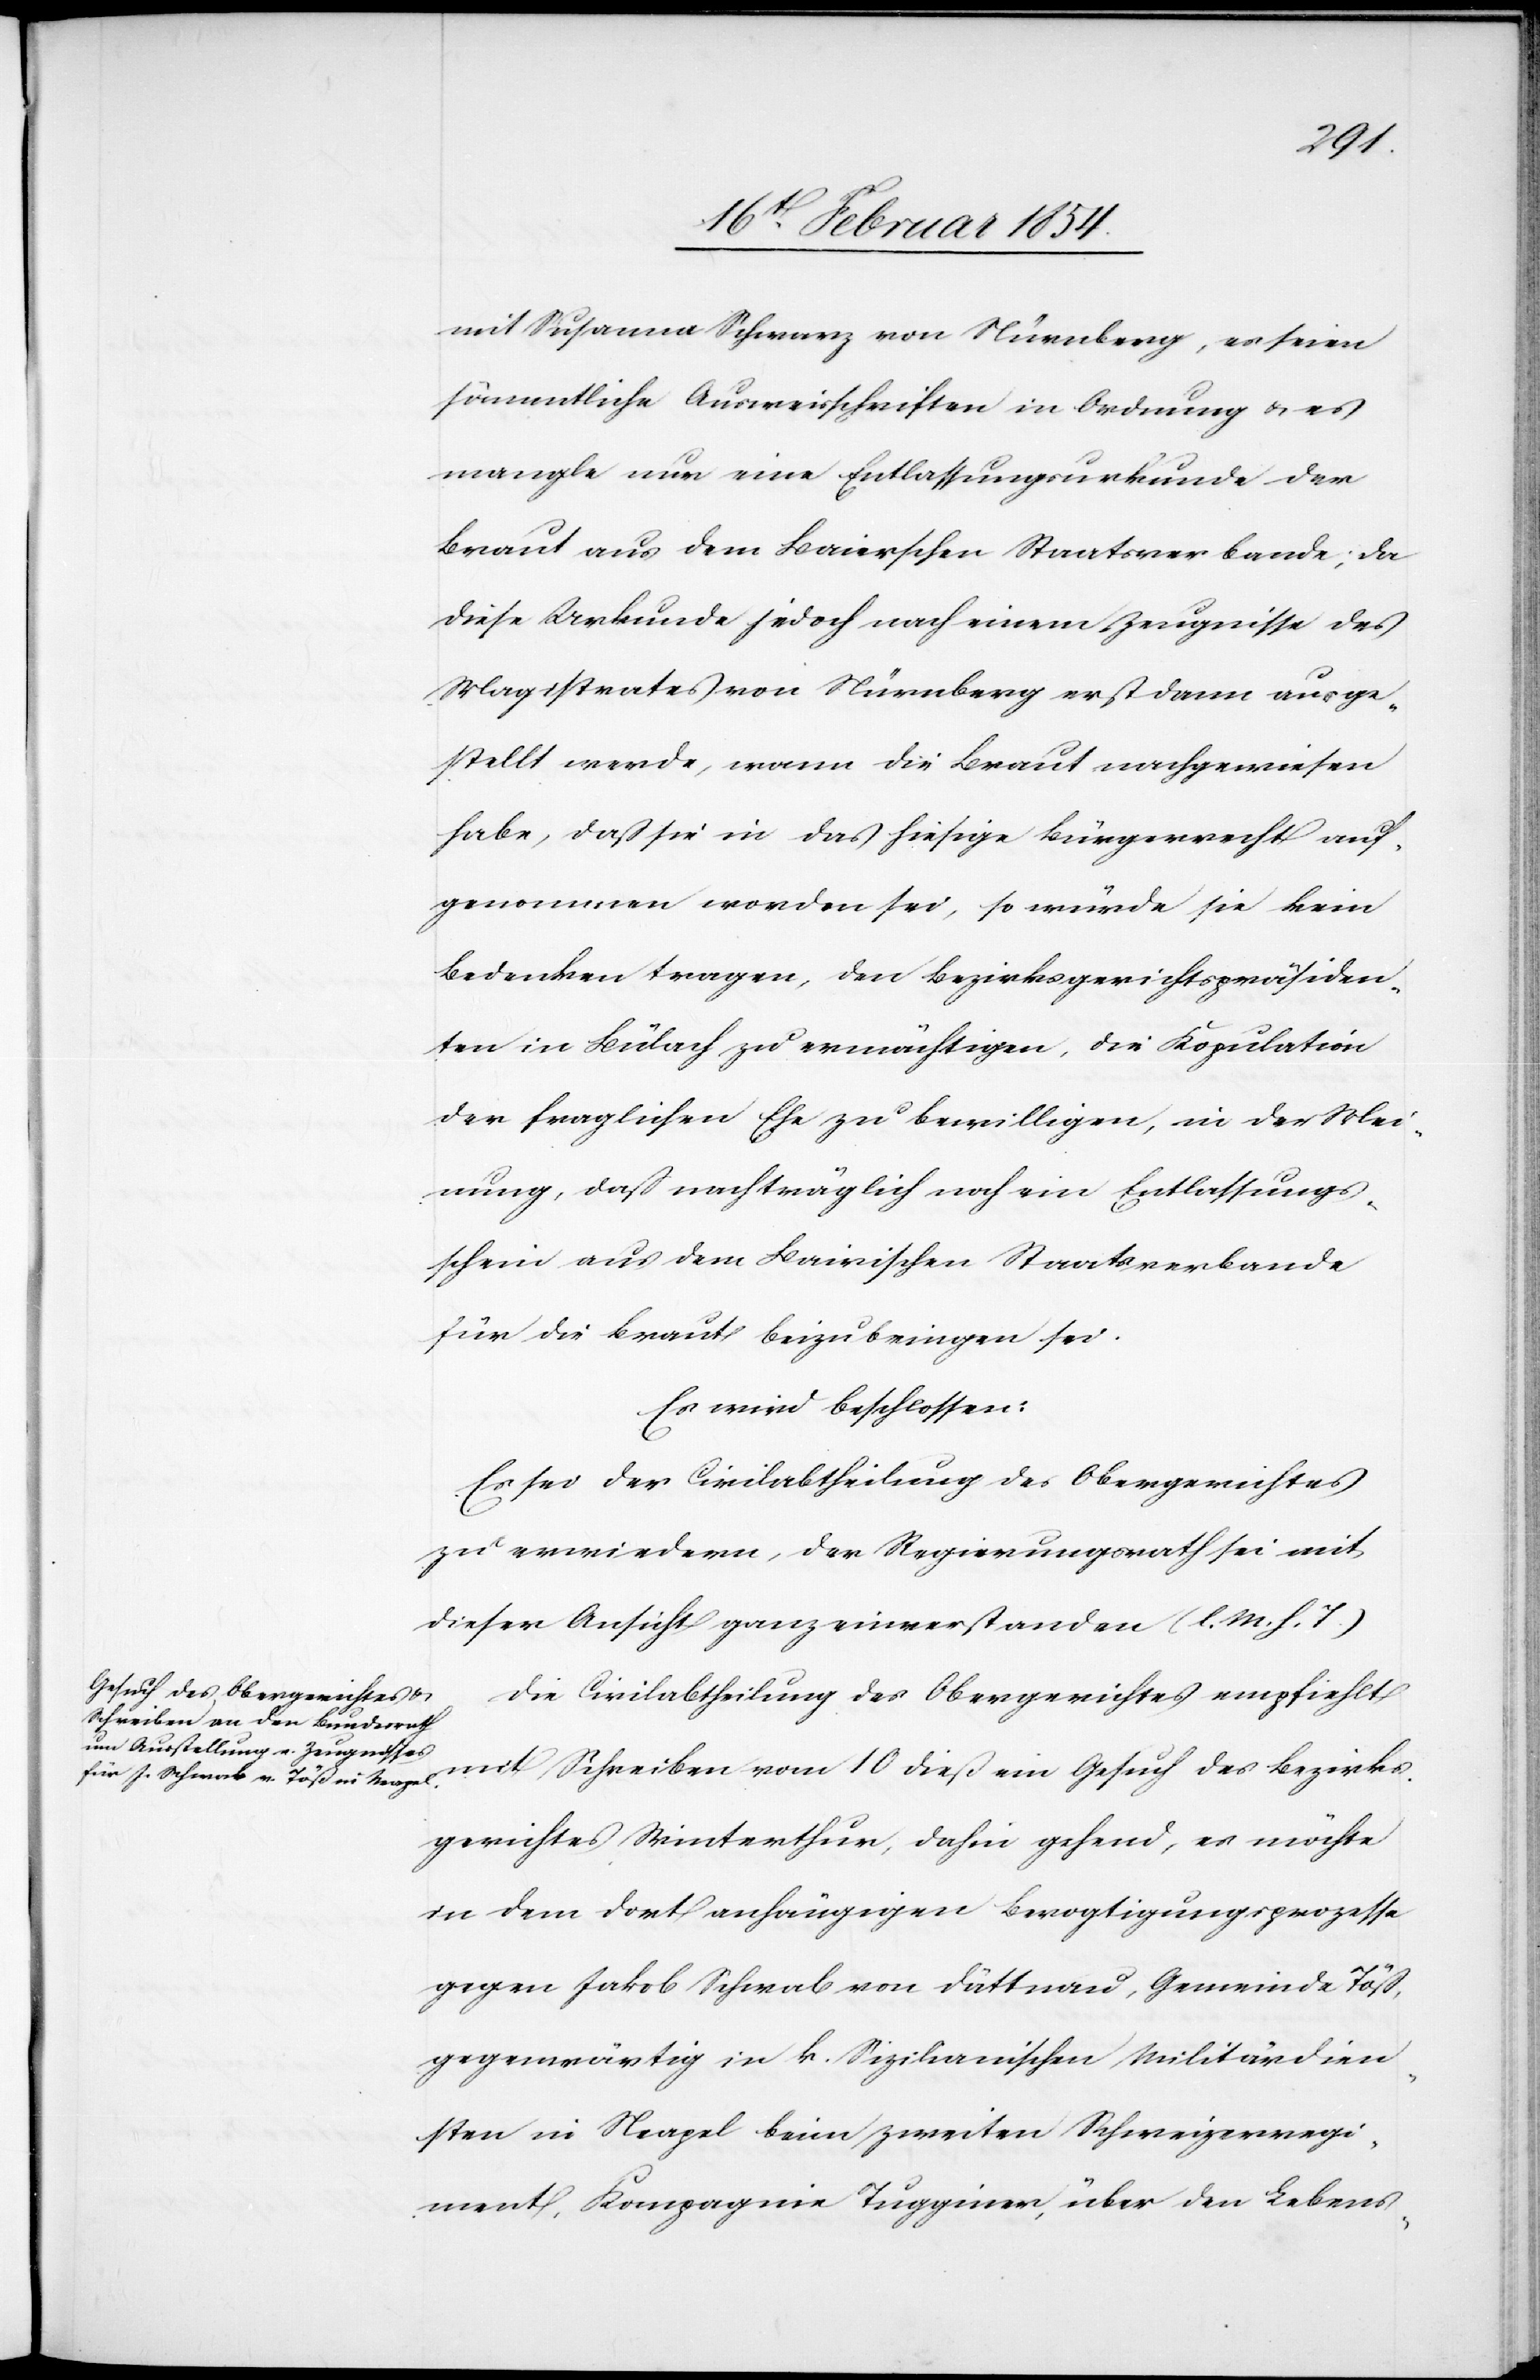
mit Susanna Schwarz von Nürnberg, es seien
sämmtliche Ausweisschriften in Ordnung u. es
mangle nur eine Entlassungsurkunde der
Braut aus dem Baierschen Staatsverbande; da
diese Urkunde jedoch nach einem Zeugnisse des
Magistrates von Nürnberg erst dann ausge¬
stellt werde, wann die Braut nachgewiesen
habe, daß sie in das hiesige Bürgerrecht auf¬
genommen worden sei, so würde sie kein
Bedenken tragen, den Bezirksgerichtspräsiden¬
ten in Bülach zu ermächtigen, die Kopulation
der fraglichen Ehe zu bewilligen, in der Mei¬
nung, daß nachträglich noch ein Entlassungs¬
schein aus dem Bairischen Staatsverbande
für die Braut beizubringen sei.
Es wird beschlossen:
Es sei der Civilabtheilung des Obergerichtes
zu erwiedern, der Regierungsrath sei mit
dieser Ansicht ganz einverstanden (l. M. h. T.)[.]
Die Civilabtheilung des Obergerichtes empfiehlt
mit Schreiben vom 10 dieß ein Gesuch des Bezirks¬
gerichtes Winterthur, dahin gehend, es möchte
in dem dort anhängigen Bevogtigungsprozesse
gegen Jakob Schwab von Dättnau, Gemeinde Töß,
gegenwärtig in k. Sizilianischen Militärdien¬
sten in Neapel beim zweiten Schweizerregi¬
ment, Kompagnie Tugginer, über den Lebens-